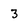
Character: 3